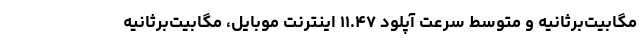
مگابیت‌برثانیه و متوسط سرعت آپلود ۱۱.۴۷ اینترنت موبایل، مگابیت‌برثانیه